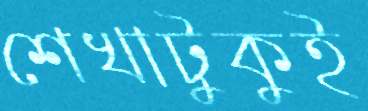
শেখাটুকুই